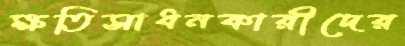
ক্ষতিসাধনকারীদের